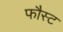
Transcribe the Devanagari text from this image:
फौस्ट